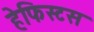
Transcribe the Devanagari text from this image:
हेफिस्टस